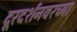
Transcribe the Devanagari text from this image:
दूरदर्शनवरच्या